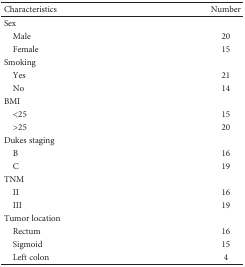
<table><thead><tr><td><b>Characteristics</b></td><td><b>Number</b></td></tr></thead><tbody><tr><td>Sex</td><td></td></tr><tr><td> Male</td><td>20</td></tr><tr><td> Female</td><td>15</td></tr><tr><td>Smoking</td><td></td></tr><tr><td> Yes</td><td>21</td></tr><tr><td> No</td><td>14</td></tr><tr><td>BMI</td><td></td></tr><tr><td> &lt;25</td><td>15</td></tr><tr><td> &gt;25</td><td>20</td></tr><tr><td>Dukes staging</td><td></td></tr><tr><td> B</td><td>16</td></tr><tr><td> C</td><td>19</td></tr><tr><td>TNM</td><td></td></tr><tr><td> II</td><td>16</td></tr><tr><td> III</td><td>19</td></tr><tr><td>Tumor location</td><td></td></tr><tr><td> Rectum</td><td>16</td></tr><tr><td> Sigmoid</td><td>15</td></tr><tr><td> Left colon</td><td>4</td></tr></tbody></table>